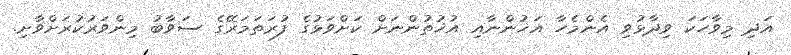
އަދި މިވާހަކަ ވިދާޅުވި އެންމެހާ އަޚުންނާއި އުޚުތުންނަށް ކަށްވަޅުގެ ފުރަތަމަރޭގެ ސަވާބު މިންވަރުކުރަށްވާށި.